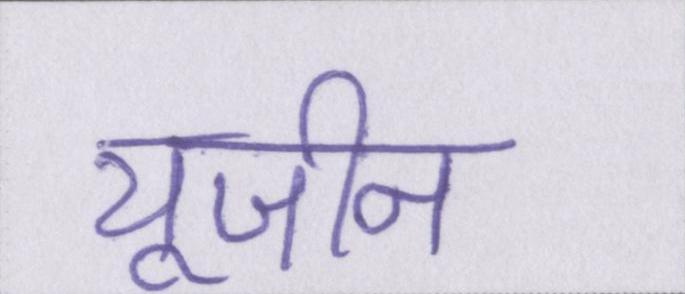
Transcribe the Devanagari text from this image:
यूजीन